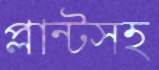
প্লান্টসহ